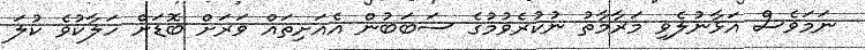
ނަމަވެސް އަޅާނުލެވި މަރާމާތު ނުކުރެވުމުގެ ސަބަބުން އެއަށިތައް ވަރަށް ބޮޑަށް ހަލާކުވެ ކުލަ